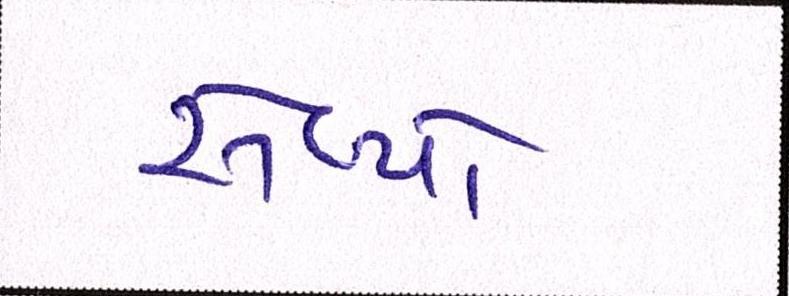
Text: સેવ્યો